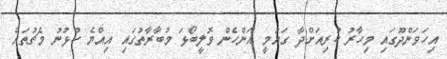
އިހަވަންދޫގައި މިހާރު ކުރިއަށްދާ ގައުމީ އަންހެން ވޮލީބޯޅަ މުބާރާތުގައި އިއްޔެ ކުޅުނު މެޗުތައް